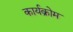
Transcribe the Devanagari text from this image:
कार्यक्रोम